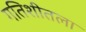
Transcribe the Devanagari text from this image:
गतिशीतला